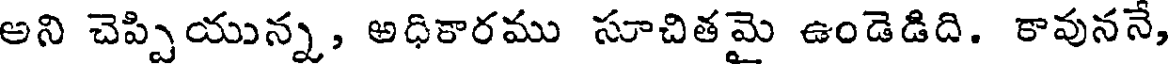
అని చెప్పియున్న, అధికారము సూచితమై ఉండెడిది. కావుననే,